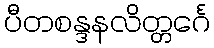
ပီတစန္ဒနလိတ္တင်္ဂေ